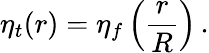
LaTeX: \eta_{t}(r)=\eta_{f}\left({\frac{r}{R}}\right)\, .